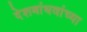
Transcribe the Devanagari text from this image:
देशबांधवांच्या